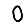
Digit: 0